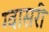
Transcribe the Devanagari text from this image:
ग्वासरी